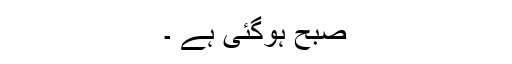
صبح ہوگئی ہے ۔